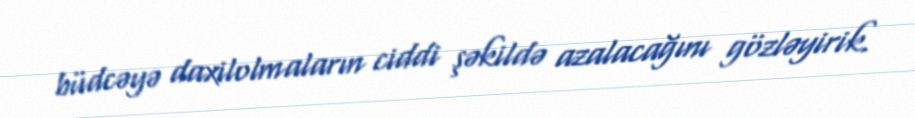
büdcəyə daxilolmaların ciddi şəkildə azalacağını gözləyirik.